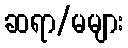
ဆရာ/မများ